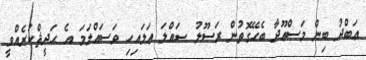
ޢަބްދު ބިން މަސްޢޫދާ ބެހޭގޮތުން ރަސޫލު ޞައްލަ ޢަލައިހި ވަސައްލަމަ އެ ޙަދީޘްކުރެއްވީ